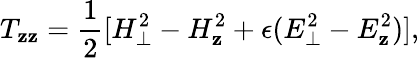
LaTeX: T_{\mathbf{z}\mathbf{z}}={\frac{{1}}{{2}}}[H_{\perp}^{2}-H_{\mathbf{z}}^{2}+\epsilon(E_{\perp}^{2}-E_{\mathbf{z}}^{2})],